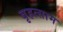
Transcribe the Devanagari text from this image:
बृहत्साम